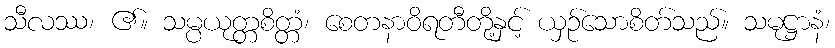
သီလဿ၊ ၏။ သမ္ပယုတ္တစိတ္တံ၊ စေတနာဝိရတီတို့နှင့် ယှဉ်သောစိတ်သည်။ သမုဋ္ဌာနံ၊